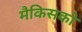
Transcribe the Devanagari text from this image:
मैकिसको